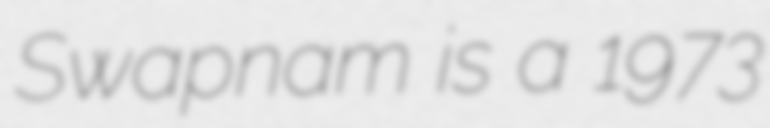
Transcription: Swapnam is a 1973